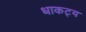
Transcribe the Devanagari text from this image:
धाकट्य